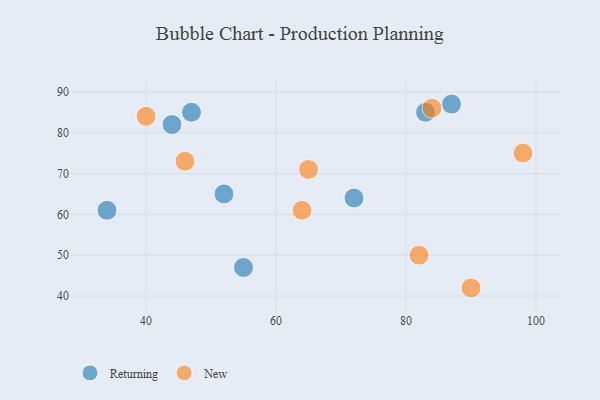
{"axis": {"x": "GDP", "y": "Life Expectancy"}, "legend": ["New", "Returning"], "data": [{"x": "83", "y": 85, "type": "Returning"}, {"x": "52", "y": 65, "type": "Returning"}, {"x": "87", "y": 87, "type": "Returning"}, {"x": "34", "y": 61, "type": "Returning"}, {"x": "47", "y": 85, "type": "Returning"}, {"x": "55", "y": 47, "type": "Returning"}, {"x": "44", "y": 82, "type": "Returning"}, {"x": "72", "y": 64, "type": "Returning"}, {"x": "65", "y": 71, "type": "New"}, {"x": "98", "y": 75, "type": "New"}, {"x": "40", "y": 84, "type": "New"}, {"x": "90", "y": 42, "type": "New"}, {"x": "82", "y": 50, "type": "New"}, {"x": "46", "y": 73, "type": "New"}, {"x": "84", "y": 86, "type": "New"}, {"x": "64", "y": 61, "type": "New"}]}